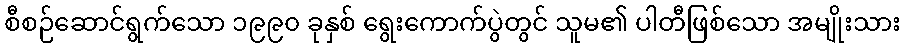
စီစဉ်ဆောင်ရွက်သော ၁၉၉၀ ခုနှစ် ရွေးကောက်ပွဲတွင် သူမ၏ ပါတီဖြစ်သော အမျိုးသား